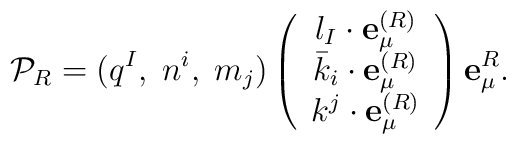
{\cal P}_{R} = (q^{I},\;n^{i},\;m_{j})\left( \begin{array}{c}l_{I} \cdot {\bf e}_{\mu}^{(R)}\\{\bar k}_{i} \cdot {\bf e}_{\mu}^{(R)}\\k^{j} \cdot {\bf e}_{\mu}^{(R)} \end{array}\right) {\bf e}_{\mu}^{R}.